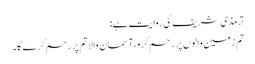
ترمذی شریف کی روایت ہے:
تم زمین والوں پر رحم کرو،آسمان والا تم پر رحم کرے گا۔